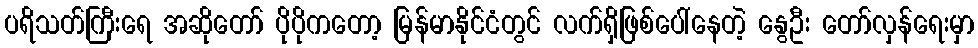
ပရိသတ်ကြီးရေ အဆိုတော် ပိုပိုကတော့ မြန်မာနိုင်ငံတွင် လက်ရှိဖြစ်ပေါ်နေတဲ့ နွေဦး တော်လှန်ရေးမှာ